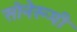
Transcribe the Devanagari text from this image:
सोनेरूपी